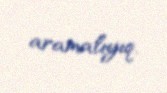
aramalıyıq.